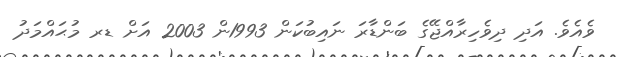
ވެއެވެ. އަދި ދިވެހިރާއްޖޭގެ ބަންޑާރަ ނައިބުކަން 1993ން 2003 އަށް ޑރ މުޙައްމަދު